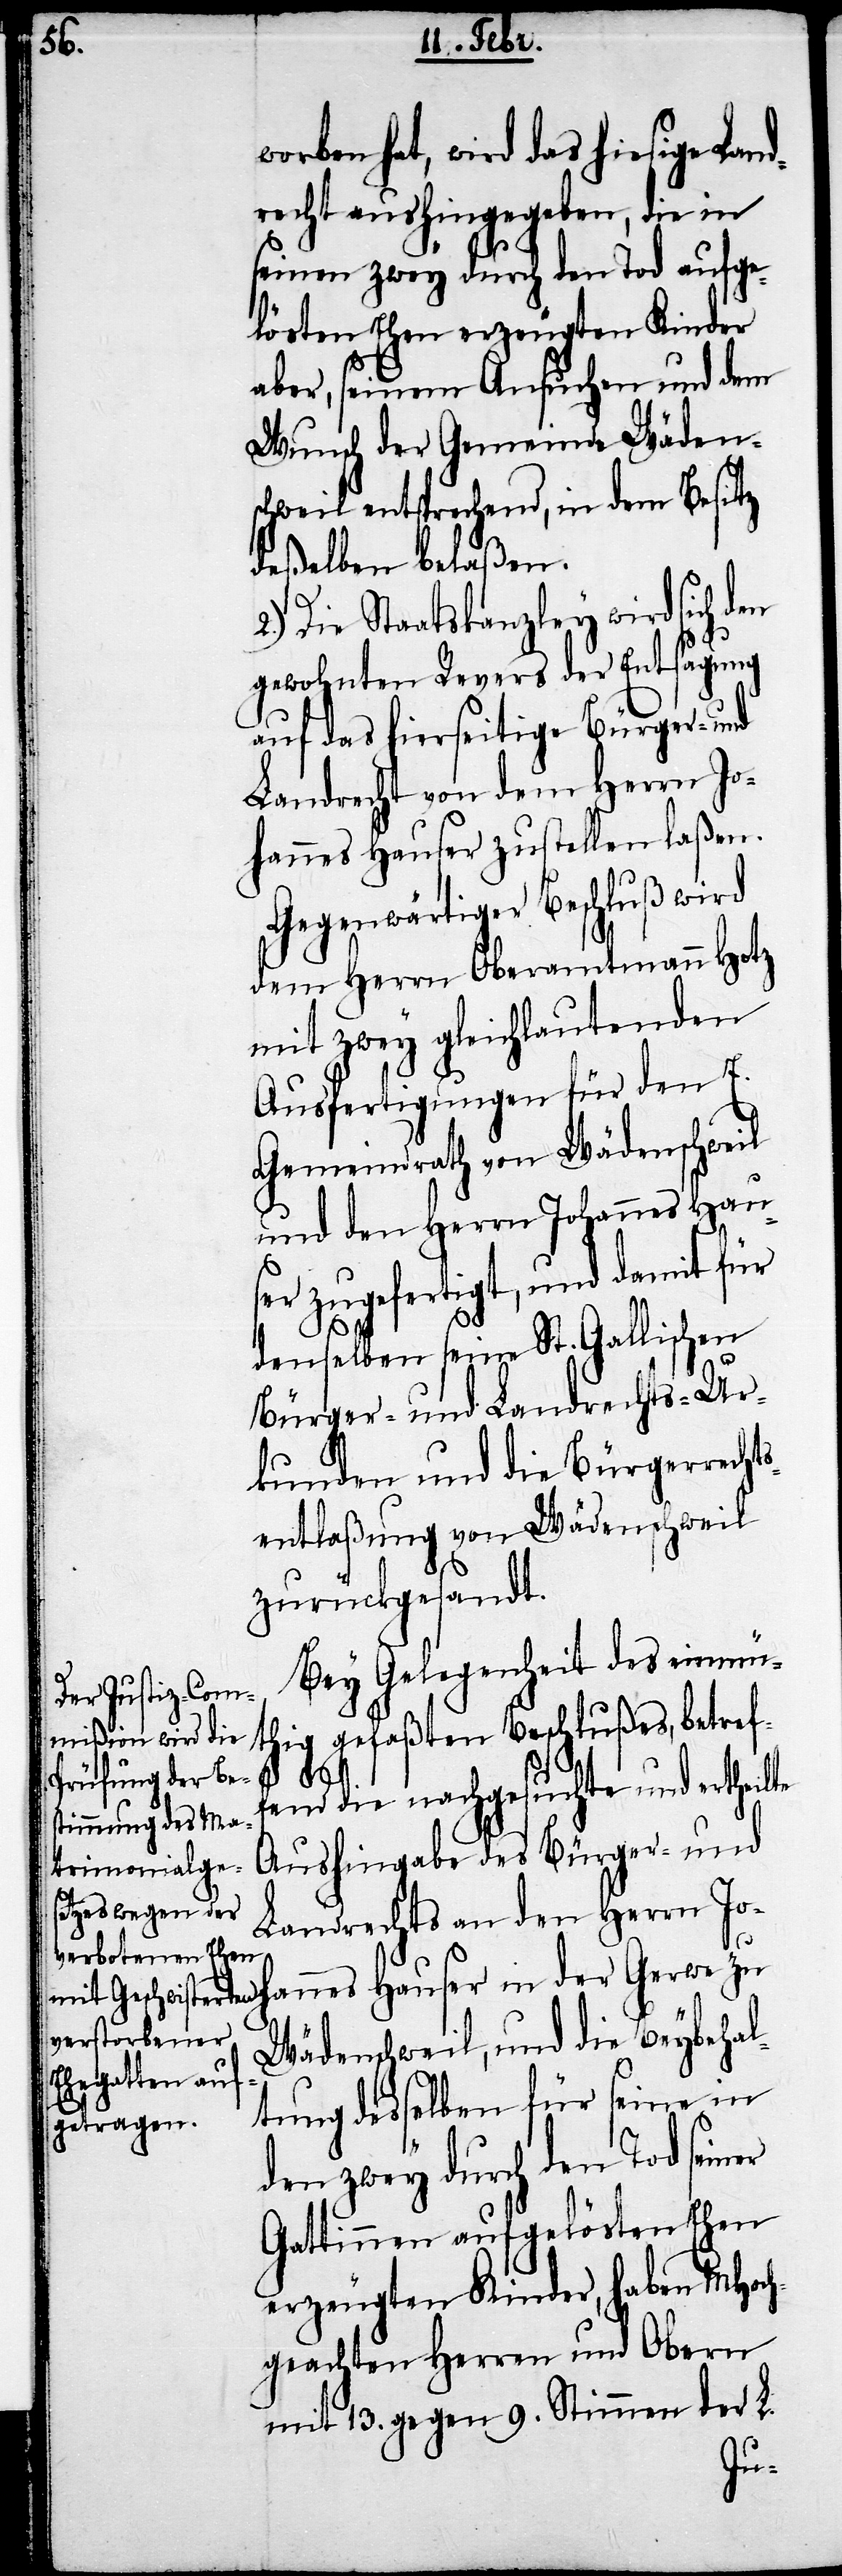
orben hat, wird das hiesige Lan¬
drecht aushingegeben, die in
seinen zwey durch den Tod aufge¬
lösten Ehen erzeugten Kinder
aber, seinem Ansuchen und dem
Wunsch der Gemeinde Wäden¬
schweil entsprechend, in dem Besitz
deßelben belaßen.
Die Staatskanzley wird sich den
gewohnten Revers der Entsagung
auf das hierseitige Bürger- und
Landrecht von dem Herrn Jo¬
hannes Hauser zustellen laßen.
Gegenwärtiger Beschluß wird
dem Herrn Oberamtmann Hotz
mit zwey gleichlautenden
Ausfertigungen für den E.
Gemeindrath von Wädenschweil
und den Herrn Johannes Hau¬
ser zugefertigt, und damit für
denselben seine St. Gallischen
Bürger- und Landrechts-Ur¬
kunden und die Bürgerrechts¬
entlaßung von Wädenschweil
zurückgesandt.
Bey Gelegenheit des einmü¬
thig gefaßten Beschlußes, betref¬
annes
der
fend die nachgesuchte und ertheilte
Aushingabe des Bürger- und
Landrechts an den Herrn Joh¬
Wädenschweil, und die Beybehal¬
tung desselben für seine in
den zwey durch den Tod seiner
Gattinnen aufgelösten Ehen
erzeugten Kinder, haben MHoch¬
geachten Herren und Obern
mit 13. gegen 9. Stimmen der L.
zu